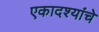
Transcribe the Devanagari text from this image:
एकादश्यांचे